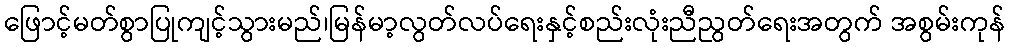
ဖြောင့်မတ်စွာပြုကျင့်သွားမည်၊မြန်မာ့လွတ်လပ်ရေးနှင့်စည်းလုံးညီညွတ်ရေးအတွက် အစွမ်းကုန်